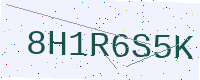
Text: 8H1R6S5K